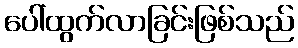
ပေါ်ထွက်လာခြင်းဖြစ်သည်